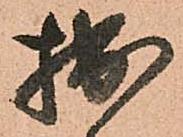
拙